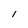
Character: I